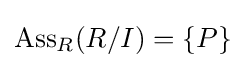
\operatorname {Ass} _{R}(R/I)=\{P\}